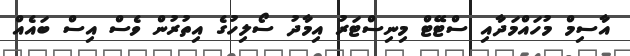
އާސިމް މުހައްމަދާއި ސްޓޭޓް މިނިސްޓަރު އިމާދު ސޯލިހުގެ އިތުރުން ވެސް އިސް ބައެއް